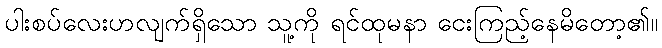
ပါးစပ်လေးဟလျက်ရှိသော သူ့ကို ရင်ထုမနာ ငေးကြည့်နေမိတော့၏။